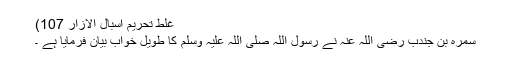
غلط تحریم اسبال الازار 107)
سمرہ بن جندب رضی اللہ عنہ نے رسول اللہ صلی اللہ علیہ وسلم کا طویل خواب بیان فرمایا ہے ۔